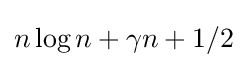
n\log n+\gamma n+1/2